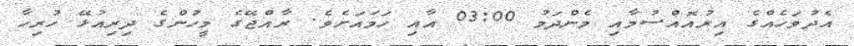
އެދުވަހެއްގެ އިރުއޮއްސުމާއި މެންދަމު 03:00 އާއި ހަމައަށެވެ. ރާއްޖޭގެ މީހުންގެ ދިރިއުޅޭ ހުރިހާ